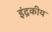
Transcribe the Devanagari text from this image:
इंद्रकीय